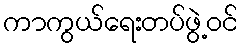
ကာကွယ်ရေးတပ်ဖွဲ့ဝင်